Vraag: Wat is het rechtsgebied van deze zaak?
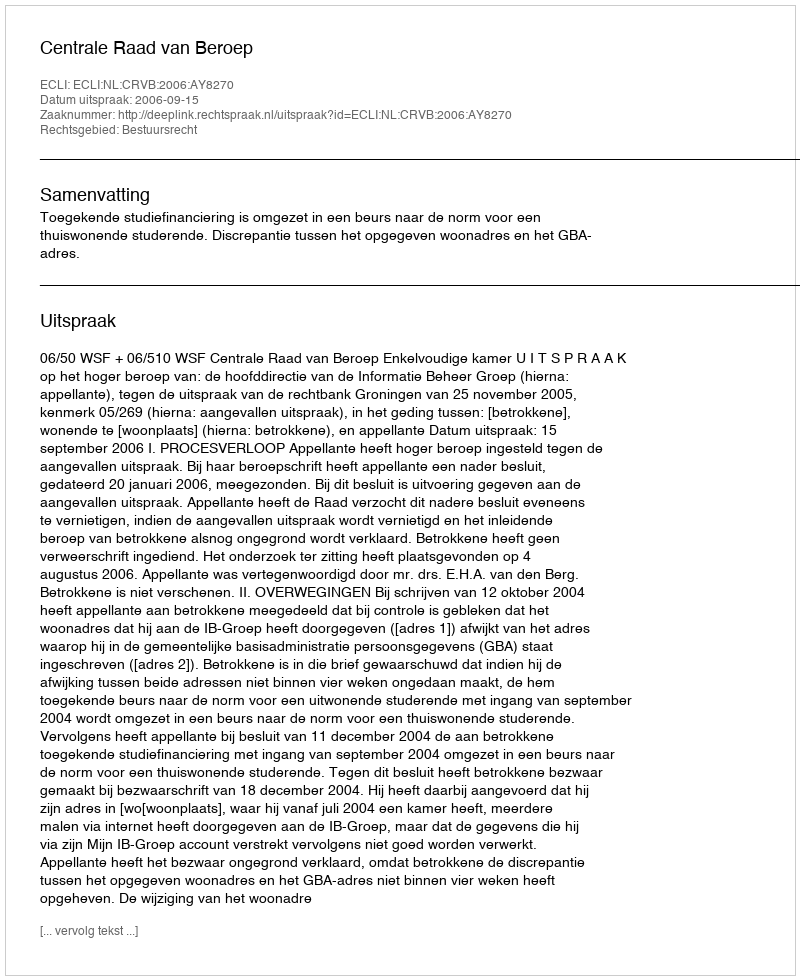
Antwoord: Bestuursrecht